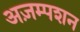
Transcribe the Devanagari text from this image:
अज़म्पशन